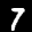
Label: 7